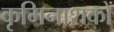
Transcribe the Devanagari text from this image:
कृमिनाशकों